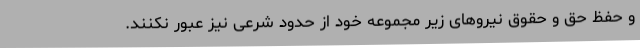
و حفظ حق و حقوق نیروهای زیر مجموعه خود از حدود شرعی نیز عبور نکنند.